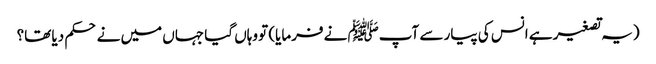
(یہ تصغیر ہے انس کی پیار سے آپﷺ نے فرمایا) تو وہاں گیا جہاں میں نے حکم دیا تھا؟